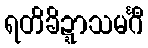
ရတိခိဍ္ဍာသမင်္ဂီ